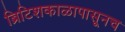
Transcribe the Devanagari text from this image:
ब्रिटिशकाळापासूनच